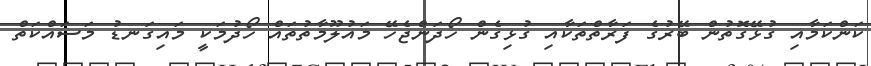
ކަންކަމާއި ގުޅޭގޮތުން ބޭރުގެ ފަރާތްތަކާއި ގުޅިގެން ހޯދަންޖެހޭ މައުލޫމާތުތައް ހޯދުމަކީ މައިގަނޑު މަސައްކަތް